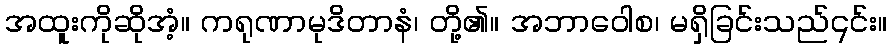
အထူးကိုဆိုအံ့။ ကရုဏာမုဒိတာနံ၊ တို့၏။ အဘာဝေါစ၊ မရှိခြင်းသည်၎င်း။